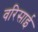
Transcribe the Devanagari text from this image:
वरिसाई